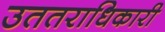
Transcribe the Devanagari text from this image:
उततराधिकारी